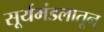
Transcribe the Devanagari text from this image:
सूर्यमंडलातून